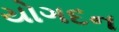
યોગદન